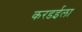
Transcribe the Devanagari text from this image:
करडईला